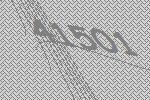
41501